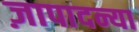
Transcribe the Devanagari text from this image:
ज़ापादन्या